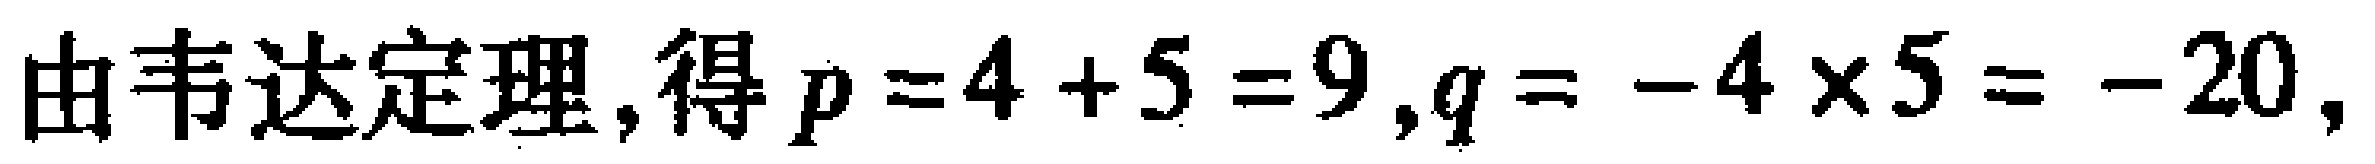
由韦达定理,得\(p = 4 + 5 = 9,q = - 4\times5 = - 20,\)